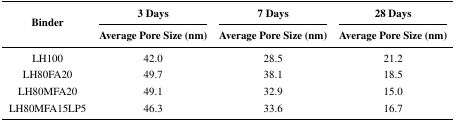
<table><thead><tr><td rowspan="2"><b>Binder</b></td><td><b>3 Days</b></td><td><b>7 Days</b></td><td><b>28 Days</b></td></tr><tr><td><b>Average Pore Size (nm)</b></td><td><b>Average Pore Size (nm)</b></td><td><b>Average Pore Size (nm)</b></td></tr></thead><tbody><tr><td>LH100</td><td>42.0</td><td>28.5</td><td>21.2</td></tr><tr><td>LH80FA20</td><td>49.7</td><td>38.1</td><td>18.5</td></tr><tr><td>LH80MFA20</td><td>49.1</td><td>32.9</td><td>15.0</td></tr><tr><td>LH80MFA15LP5</td><td>46.3</td><td>33.6</td><td>16.7</td></tr></tbody></table>